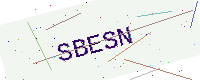
Text: SBESN